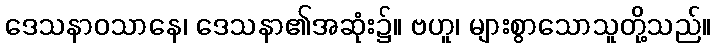
ဒေသနာဝသာနေ၊ ဒေသနာ၏အဆုံး၌။ ဗဟူ၊ များစွာသောသူတို့သည်။